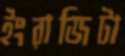
ইংরাজিটা